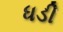
ધડી